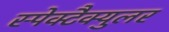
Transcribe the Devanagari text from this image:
स्पेक्टैक्युलर